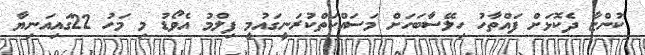
ކުންޏާ ދެކޮޅަށް ފައްތާހު ހިލޭސާބަހަށް މަސައްކަތްކުރަނީގައުމީ ފިލްމު އެވޯޑު މި މަހު 22ގައިއަނިޔާ